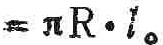
$=\pi R\cdot i_{0}$